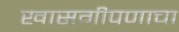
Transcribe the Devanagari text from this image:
खासगीपणाचा